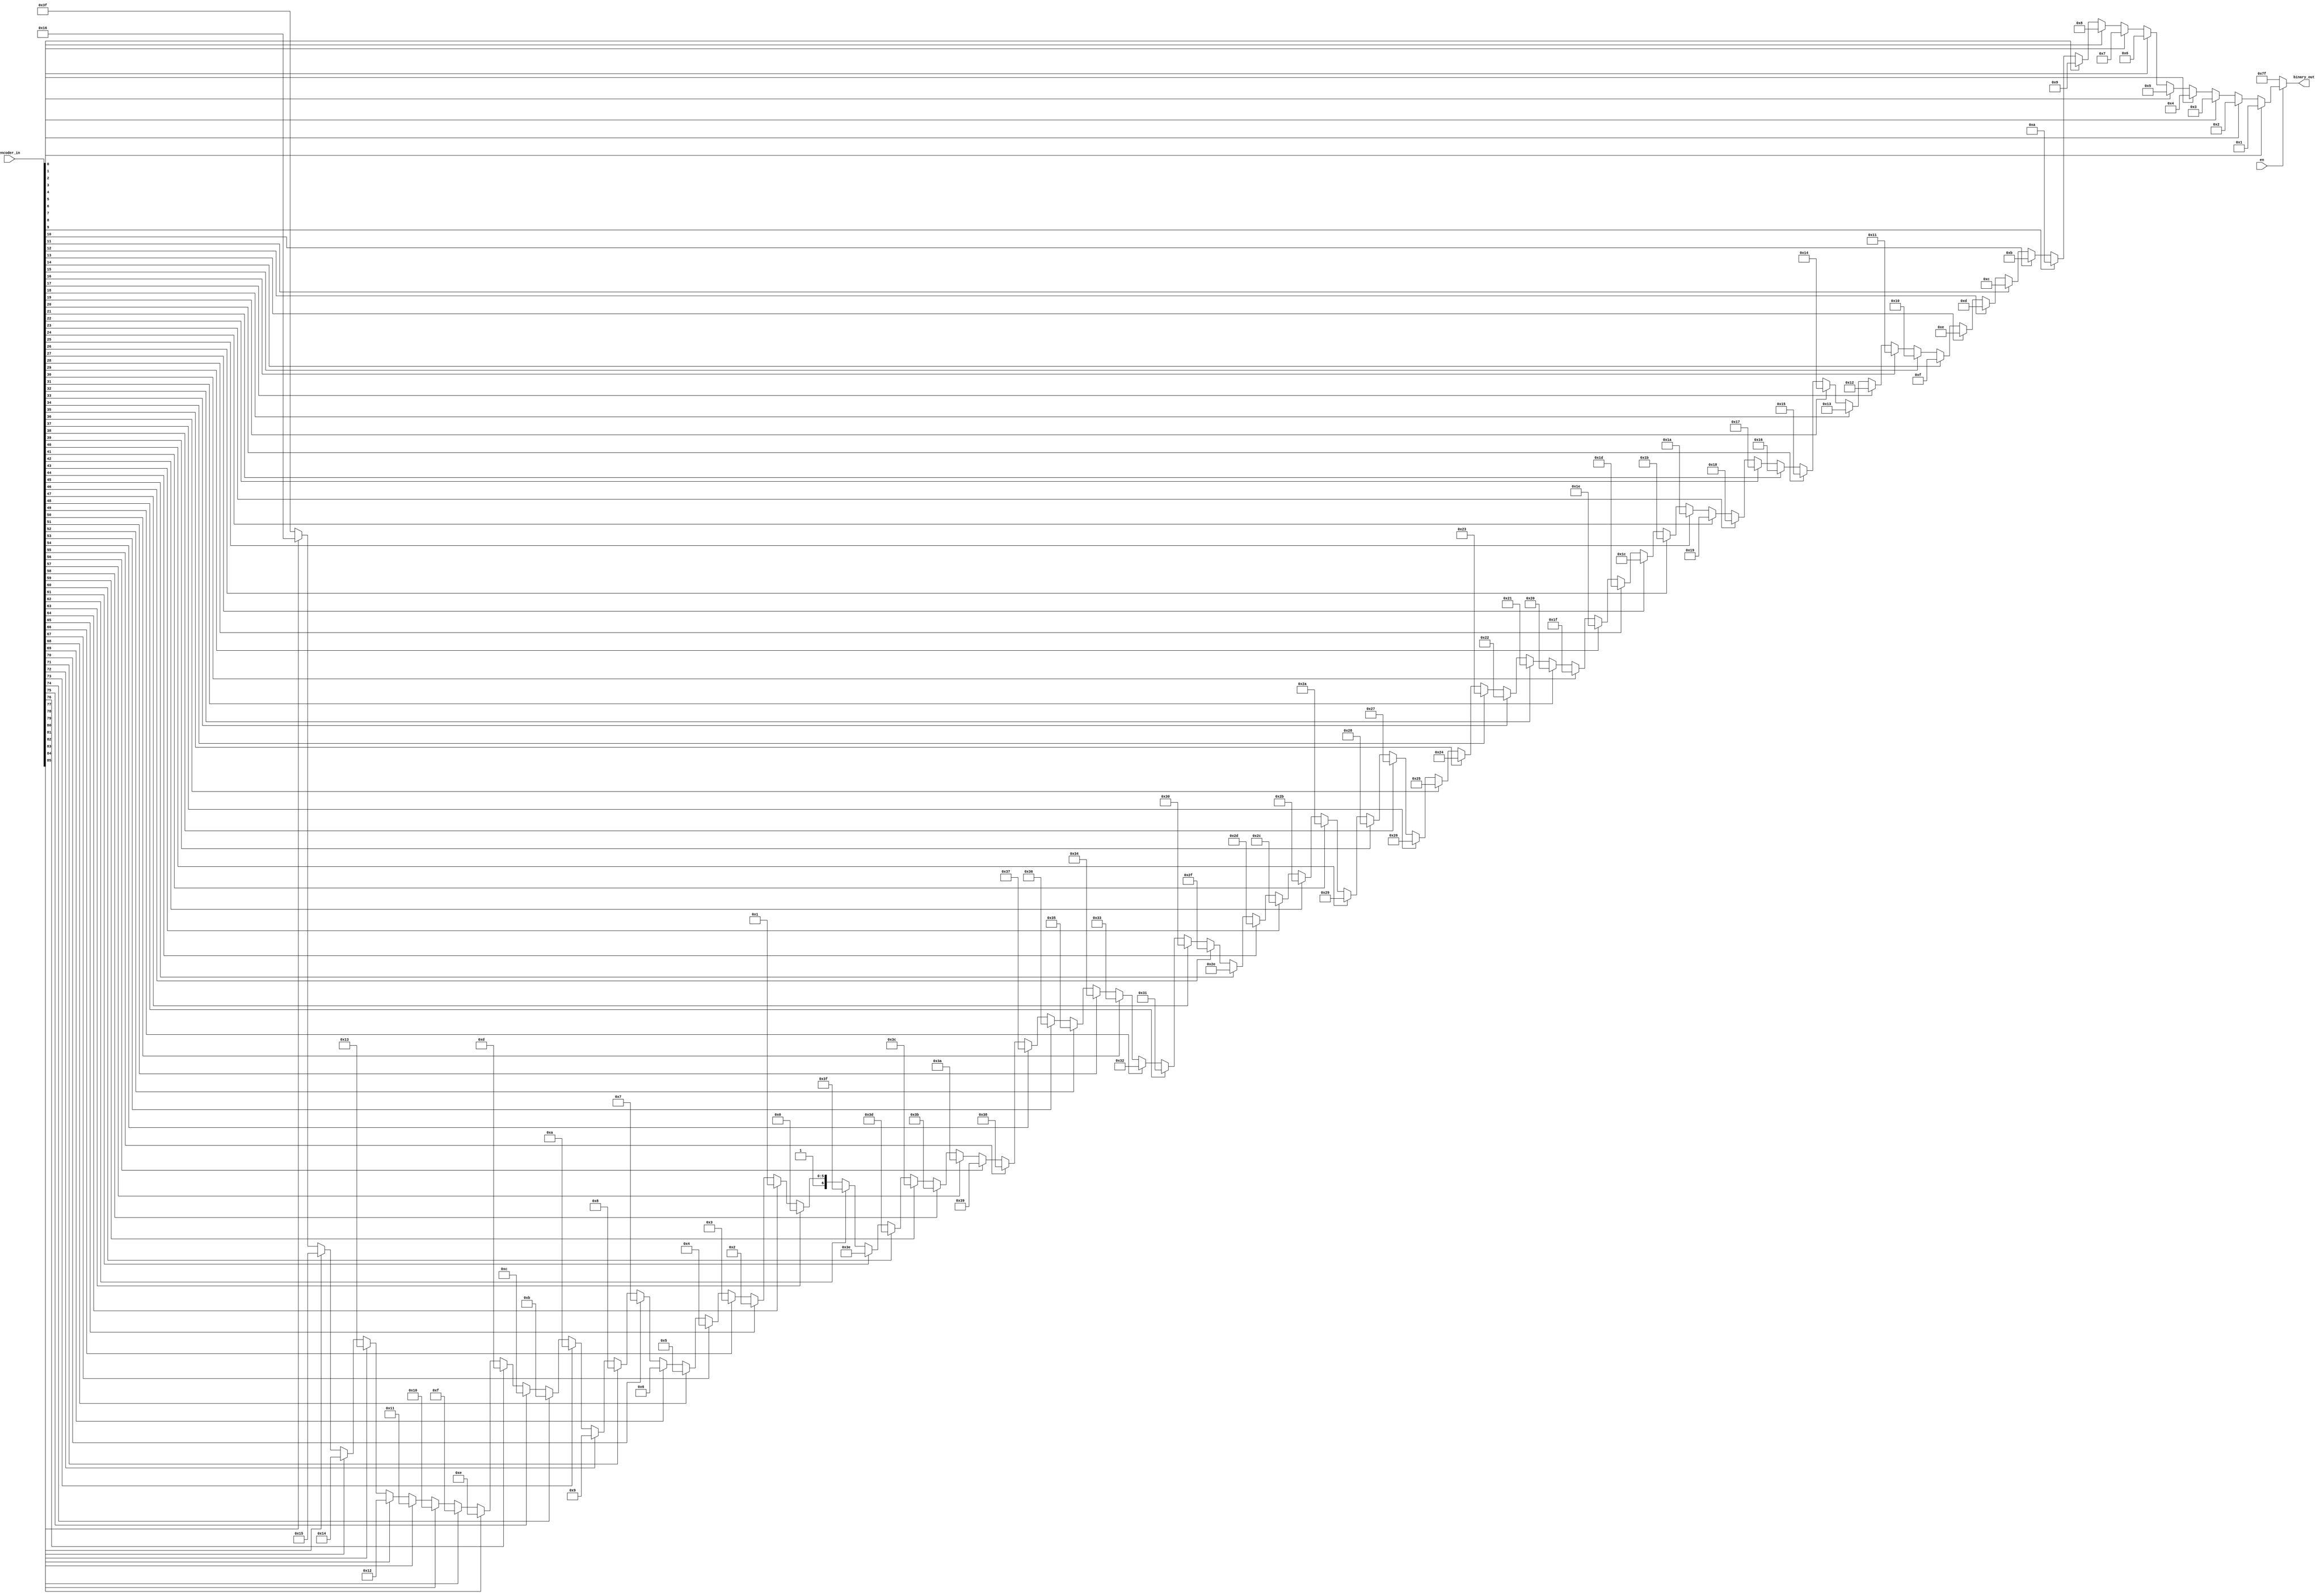
module encoder
#(parameter WIDTH = 87)(
	
	en			,	//  Enable for the encoder
	encoder_in	,	//  16-bit Input
	binary_out		//  7 bit binary Output
);
	output [6:0] binary_out  ;
	input  en ; 
	input [WIDTH - 2:0] encoder_in ;
	
	assign binary_out  = (!en) ? 7'd127 : (
						(encoder_in[0 ]) ? 7'd1  : 
						(encoder_in[1 ]) ? 7'd2  : 
						(encoder_in[2 ]) ? 7'd3  : 
						(encoder_in[3 ]) ? 7'd4  : 
						(encoder_in[4 ]) ? 7'd5  : 
						(encoder_in[5 ]) ? 7'd6  : 
						(encoder_in[6 ]) ? 7'd7  : 
						(encoder_in[7 ]) ? 7'd8  : 
						(encoder_in[8 ]) ? 7'd9  : 
						(encoder_in[9 ]) ? 7'd10 : 
						(encoder_in[10]) ? 7'd11 : 
						(encoder_in[11]) ? 7'd12 : 
						(encoder_in[12]) ? 7'd13 : 
						(encoder_in[13]) ? 7'd14 : 
						(encoder_in[14]) ? 7'd15 : 
						(encoder_in[15]) ? 7'd16 : 
						(encoder_in[16]) ? 7'd17 : 
						(encoder_in[17]) ? 7'd18 : 
						(encoder_in[18]) ? 7'd19 : 
						(encoder_in[19]) ? 7'd20 : 
						(encoder_in[20]) ? 7'd21 : 
						(encoder_in[21]) ? 7'd22 : 
						(encoder_in[22]) ? 7'd23 : 
						(encoder_in[23]) ? 7'd24 : 
						(encoder_in[24]) ? 7'd25 : 
						(encoder_in[25]) ? 7'd26 : 
						(encoder_in[26]) ? 7'd27 : 
						(encoder_in[27]) ? 7'd28 : 
						(encoder_in[28]) ? 7'd29 : 
						(encoder_in[29]) ? 7'd30 : 
						(encoder_in[30]) ? 7'd31 : 
						(encoder_in[31]) ? 7'd32 : 
						(encoder_in[32]) ? 7'd33 : 
						(encoder_in[33]) ? 7'd34 : 
						(encoder_in[34]) ? 7'd35 : 
						(encoder_in[35]) ? 7'd36 : 
						(encoder_in[36]) ? 7'd37 : 
						(encoder_in[37]) ? 7'd38 : 
						(encoder_in[38]) ? 7'd39 : 
						(encoder_in[39]) ? 7'd40 : 
						(encoder_in[40]) ? 7'd41 : 
						(encoder_in[41]) ? 7'd42 : 
						(encoder_in[42]) ? 7'd43 : 
						(encoder_in[43]) ? 7'd44 : 
						(encoder_in[44]) ? 7'd45 : 
						(encoder_in[45]) ? 7'd46 : 
						(encoder_in[46]) ? 7'd47 : 
						(encoder_in[47]) ? 7'd48 : 
						(encoder_in[48]) ? 7'd49 : 
						(encoder_in[49]) ? 7'd50 : 
						(encoder_in[50]) ? 7'd51 : 
						(encoder_in[51]) ? 7'd52 : 
						(encoder_in[52]) ? 7'd53 : 
						(encoder_in[53]) ? 7'd54 : 
						(encoder_in[54]) ? 7'd55 : 
						(encoder_in[55]) ? 7'd56 : 
						(encoder_in[56]) ? 7'd57 : 
						(encoder_in[57]) ? 7'd58 : 
						(encoder_in[58]) ? 7'd59 : 
						(encoder_in[59]) ? 7'd60 : 
						(encoder_in[60]) ? 7'd61 : 
						(encoder_in[61]) ? 7'd62 : 
						(encoder_in[62]) ? 7'd63 : 
						(encoder_in[63]) ? 7'd64 : 
						(encoder_in[64]) ? 7'd65 : 
						(encoder_in[65]) ? 7'd66 : 
						(encoder_in[66]) ? 7'd67 : 
						(encoder_in[67]) ? 7'd68 : 
						(encoder_in[68]) ? 7'd69 : 
						(encoder_in[69]) ? 7'd70 : 
						(encoder_in[70]) ? 7'd71 : 
						(encoder_in[71]) ? 7'd72 : 
						(encoder_in[72]) ? 7'd73 : 
						(encoder_in[73]) ? 7'd74 : 
						(encoder_in[74]) ? 7'd75 : 
						(encoder_in[75]) ? 7'd76 : 
						(encoder_in[76]) ? 7'd77 : 
						(encoder_in[77]) ? 7'd78 : 
						(encoder_in[78]) ? 7'd79 : 
						(encoder_in[79]) ? 7'd80 : 
						(encoder_in[80]) ? 7'd81 : 
						(encoder_in[81]) ? 7'd82 : 
						(encoder_in[82]) ? 7'd83 : 
						(encoder_in[83]) ? 7'd84 : 
						(encoder_in[84]) ? 7'd85 : 
						(encoder_in[85]) ? 7'd86 : 7'd127);
	
endmodule